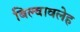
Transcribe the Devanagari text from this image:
बिल्वावलेह